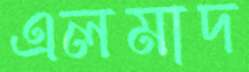
এলমাদ